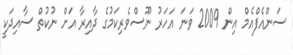
ސަންއެފްއެމް އިން 2009 ވަނަ އަހަރު ނޫސްވެރިކަމުގެ ދާއިރާ އަށް ނުކުތް ސާއިދަކީ